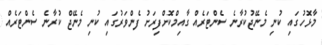
މާޅޮހުގައި ކުނި މެނޭޖުކުރާނެ ސެންޓަރެއް ގާއިމްކޮށްފިރަށު ފެންވަރުގައި ކުނި މެނޭޖް ކުރާނެ ސެންޓަރެއް